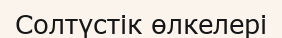
Солтүстік өлкелері